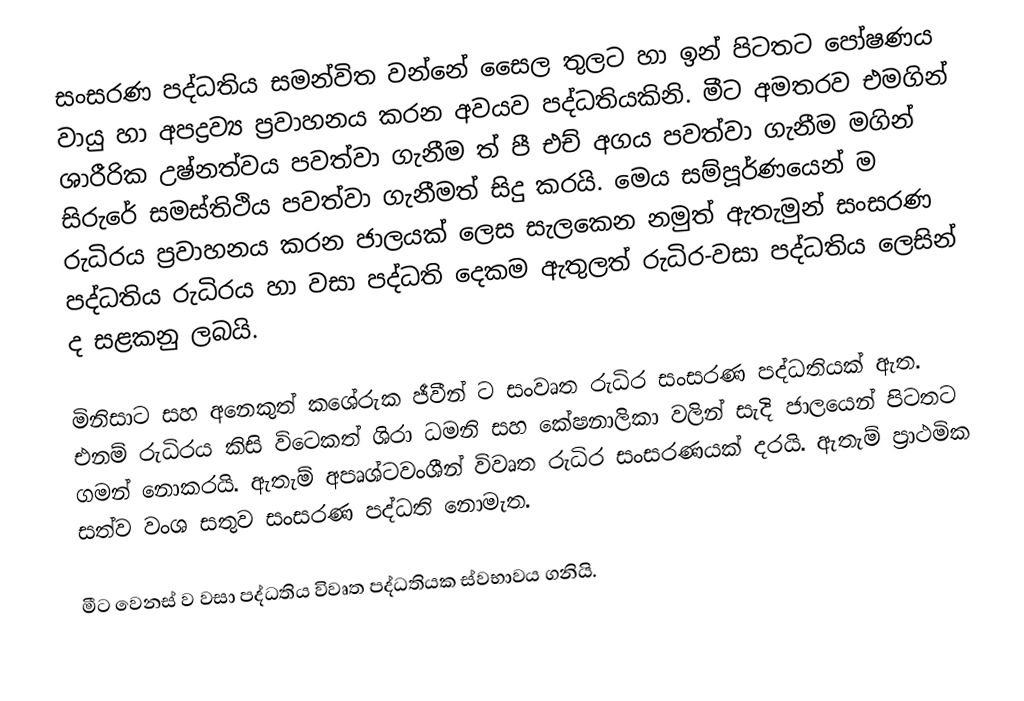
සංසරණ පද්ධතිය සමන්විත වන්නේ සෛල තුලට හා ඉන් පිටතට පෝෂණය වායු හා අපද්‍රව්‍ය ප‍්‍රවාහනය කරන අවයව පද්ධතියකිනි. මීට අමතරව එමගින් ශාරීරික උෂ්නත්වය පවත්වා ගැනීම ත් පී එච් අගය පවත්වා ගැනීම මගින් සිරුරේ සමස්තිථිය පවත්වා ගැනීමත් සිදු කරයි. මෙය සම්පූර්ණයෙන් ම රුධිරය ප‍්‍රවාහනය කරන ජාලයක් ලෙස සැලකෙන නමුත් ඇතැමුන් සංසරණ පද්ධතිය රුධිරය හා වසා පද්ධති දෙකම ඇතුලත් රුධිර-වසා පද්ධතිය ලෙසින් ද සළකනු ලබයි.

මිනිසාට සහ අනෙකුත් කශේරුක ජීවීන් ට සංවෘත රුධිර සංසරණ පද්ධතියක් ඇත. එනම් රුධිරය කිසි විටෙකත් ශිරා ධමනි සහ කේෂනාලිකා වලින් සැදි ජාලයෙන් පිටතට ගමන් නොකරයි. ඇතැම් අපෘශ්ටවංශීන් විවෘත රුධිර සංසරණයක් දරයි. ඇතැම් ප‍්‍රාථමික සත්ව වංශ සතුව සංසරණ පද්ධති නොමැත.

මීට වෙනස් ව වසා පද්ධතිය විවෘත පද්ධතියක ස්වභාවය ගනියි.